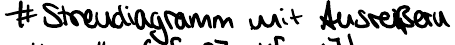
# Streudiagramm mit Ausreißern